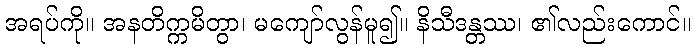
အရပ်ကို။ အနတိက္ကမိတွာ၊ မကျော်လွန်မူ၍။ နိသီဒန္တဿ၊ ၏လည်းကောင်။